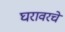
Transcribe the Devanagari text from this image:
घरावरचे